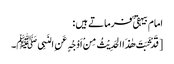
امام بیہقی ؒ فرماتے ہیں :
[قَدْ ثَبَتَ ھٰذَا الحَدِیْثُ مِنْ اَوْجُہٍ عَنِ النَبِیﷺ۔